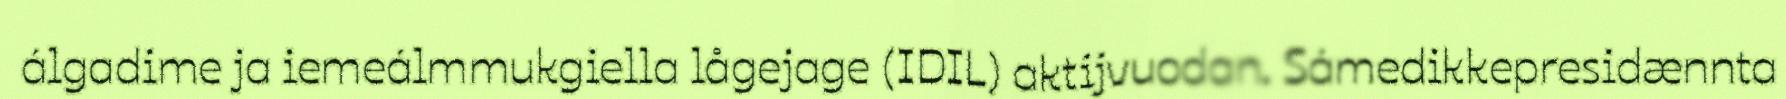
álgadime ja iemeálmmukgiella lågejage (IDIL) aktijvuodan. Sámedikkepresidænnta